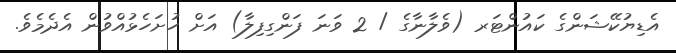
އެޑިޔުކޭޝަންގެ ކައުންޓަރ (ވެލާނާގެ / 2 ވަނަ ފަންގިފިލާ) އަށް ހުށަހެޅުއްވުން އެދެމެވެ.